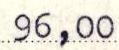
96,00